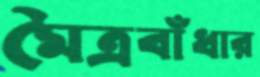
মৈত্রবাঁধার